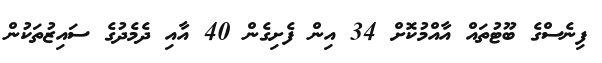
ފިނެސްގެ ބޫޓުތައް އާއްމުކޮށް 34 އިން ފެށިގެން 40 އާއި ދެމެދުގެ ސައިޒުތަކުން